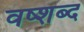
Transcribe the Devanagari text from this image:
वष्शब्द